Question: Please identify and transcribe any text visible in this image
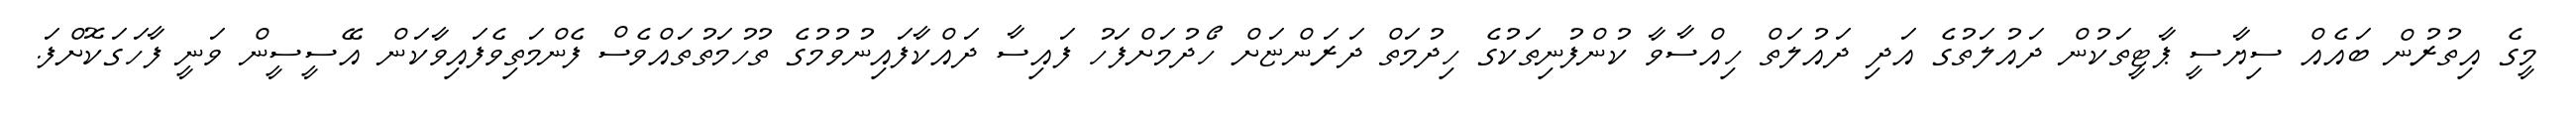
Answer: މީގެ އިތުރުން ބައެއް ސިޔާސީ ޕާޓީތަކުން ދައުލަތުގެ އަދި ދައުލަތް ހިއްސާވާ ކުންފުނިތަކުގެ ހިދުމަތް ދަރަންޏަށް ހޯދުމަށްފަހު ފައިސާ ދައްކާފައިނުވުމުގެ ތުހުމަތުތައްވެސް ފެންމަތިވެފައިވާކަން އޭސީސީން ވަނީ ފާހަގަކޮށްފަ.